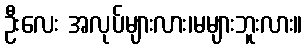
ဦးလေး အလုပ်များလား၊မများဘူးလား။